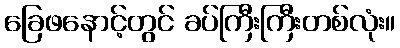
ခြေဖနောင့်တွင် ခပ်ကြီးကြီးတစ်လုံး။